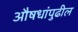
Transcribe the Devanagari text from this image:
औषधांपुढील